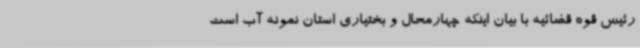
رئیس قوه قضائیه با بیان اینکه چهارمحال و بختیاری استان نمونه آب است